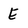
Character: E